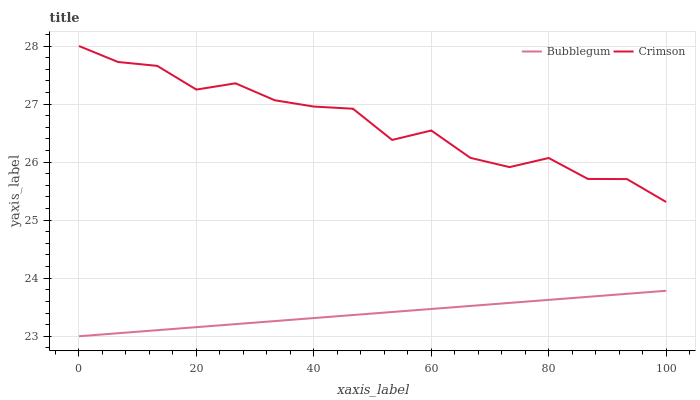
| xaxis_label | Bubblegum | Crimson |
 | --- | --- | --- |
 | 0 | 23 | 28 |
 | 6.67 | 23.1 | 27.7 |
 | 13.3 | 23.1 | 27.7 |
 | 20 | 23.2 | 27.2 |
 | 26.7 | 23.2 | 27.4 |
 | 33.3 | 23.3 | 27.1 |
 | 40 | 23.3 | 27 |
 | 46.7 | 23.4 | 26.9 |
 | 53.3 | 23.4 | 26.4 |
 | 60 | 23.5 | 26.5 |
 | 66.7 | 23.5 | 26.1 |
 | 73.3 | 23.6 | 25.9 |
 | 80 | 23.6 | 26.1 |
 | 86.7 | 23.7 | 25.7 |
 | 93.3 | 23.7 | 25.7 |
 | 100 | 23.8 | 25.3 |